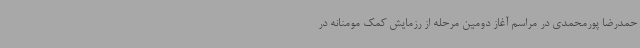
حمدرضا پورمحمدی در مراسم آغاز دومین مرحله از رزمایش کمک مومنانه در